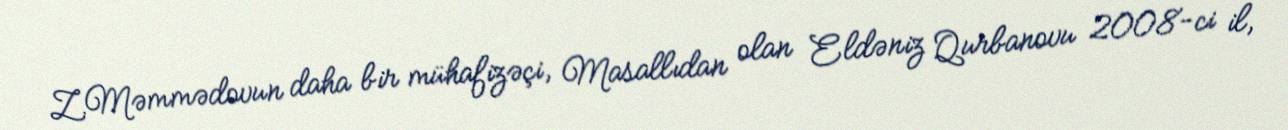
Z.Məmmədovun daha bir mühafizəçi, Masallıdan olan Eldəniz Qurbanovu 2008-ci il,